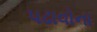
પઢાવોના